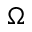
\Omega